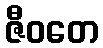
ဇီဝတေ